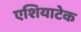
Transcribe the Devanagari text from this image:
एशियाटेक